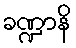
ခဏ္ဍာနိ